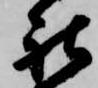
社